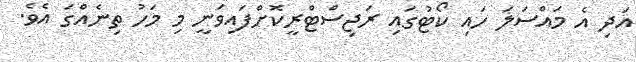
އަދި އެ މައްސަލަ ހައި ކޯޓުގައި ރަޖިސްޓްރީކޮށްފައިވަނީ މި މަހު ތިނެއްގަ އެވެ.